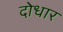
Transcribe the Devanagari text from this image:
दोधार